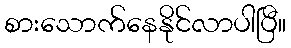
စားသောက်နေနိုင်လာပါပြီ။